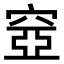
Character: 𥦳